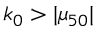
k _ { 0 } > | \mu _ { 5 0 } |